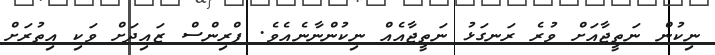
ނިކުން ނަތީޖާއަށް ވުރެ ރަނގަޅު ނަތީޖާއެއް ނިކުންނާނެއެވެ. ޕްރިންސް ޒައިދަށް ވަކި އިތުރަށް